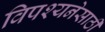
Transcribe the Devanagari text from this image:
विपश्यनेसाठी